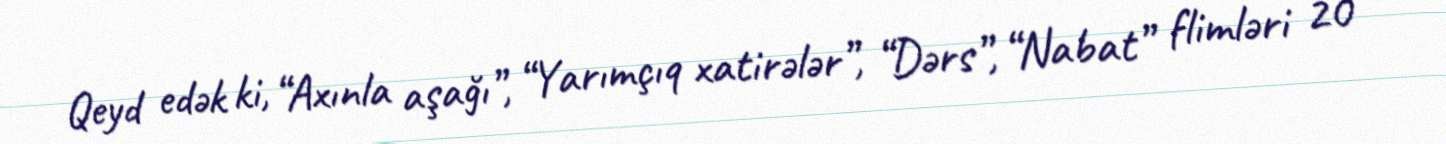
Qeyd edək ki, “Axınla aşağı”, “Yarımçıq xatirələr”, “Dərs”, “Nabat” flimləri 20